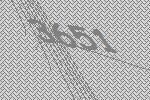
3651